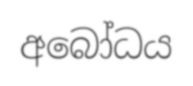
අබෝධය